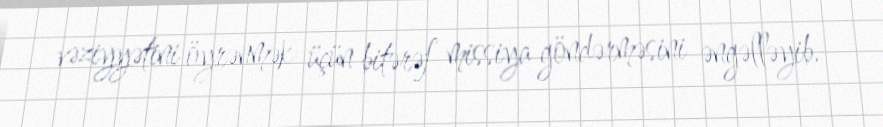
vəziyyətini öyrənmək üçün bitərəf missiya göndərməsini əngəlləyib.